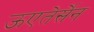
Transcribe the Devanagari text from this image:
ऊएतेर्सेन